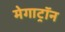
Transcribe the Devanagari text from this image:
मेगाट्रॉन